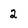
Character: 2